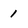
Character: 1